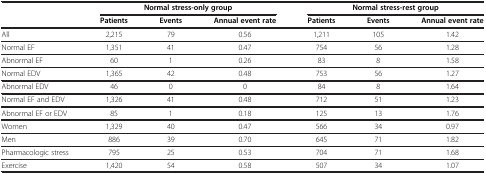
| <ROWSPAN=2>  | <COLSPAN=3> Normal stress-only group | <COLSPAN=3> Normal stress-rest group |
 | Patients | Events | Annual event rate | Patients | Events | Annual event rate |
 | --- | --- | --- | --- | --- | --- | --- |
 | All | 2,215 | 79 | 0.56 | 1,211 | 105 | 1.42 |
 | Normal EF | 1,351 | 41 | 0.47 | 754 | 56 | 1.28 |
 | Abnormal EF | 60 | 1 | 0.26 | 83 | 8 | 1.58 |
 | Normal EDV | 1,365 | 42 | 0.48 | 753 | 56 | 1.27 |
 | Abnormal EDV | 46 | 0 | 0 | 84 | 8 | 1.64 |
 | Normal EF and EDV | 1,326 | 41 | 0.48 | 712 | 51 | 1.23 |
 | Abnormal EF or EDV | 85 | 1 | 0.18 | 125 | 13 | 1.76 |
 | Women | 1,329 | 40 | 0.47 | 566 | 34 | 0.97 |
 | Men | 886 | 39 | 0.70 | 645 | 71 | 1.82 |
 | Pharmacologic stress | 795 | 25 | 0.53 | 704 | 71 | 1.68 |
 | Exercise | 1,420 | 54 | 0.58 | 507 | 34 | 1.07 |